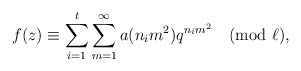
\begin{align*} f(z)\equiv \sum_{i=1}^{t} \sum_{m=1}^{\infty} a(n_im^2)q^{n_im^2} \pmod{\ell},\end{align*}